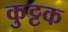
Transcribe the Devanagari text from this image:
कुुट्टक